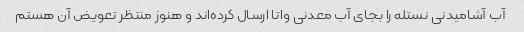
آب آشامیدنی نستله را بجای آب معدنی واتا ارسال کرده‌اند و هنوز منتظر تعویض آن هستم